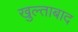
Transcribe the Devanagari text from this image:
खुल्ताबाद